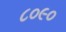
૮૦૯૦